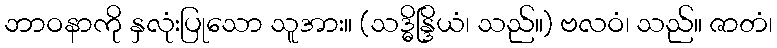
ဘာဝနာကို နှလုံးပြုသော သူအား။ (သဒ္ဓိန္ဒြိယံ၊ သည်။) ဗလဝံ၊ သည်။ ဇာတံ၊